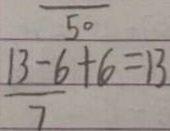
\frac { 1 3 - 6 } { 7 } + 6 = 1 3